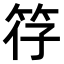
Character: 𫁻